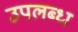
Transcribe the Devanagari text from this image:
उपलब्ध्‍ा